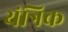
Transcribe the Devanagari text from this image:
यंत्रिक